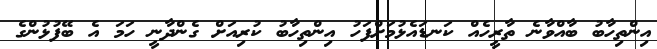
އިންތިހާބު ބާއްވާނެ ތާރީހެއް ކަނޑައެޅުމަށްފަހު އިންތިހާބު ކުރިއަށް ގެންދާނީ ހަމަ އެ ބޭފުޅުންގެ